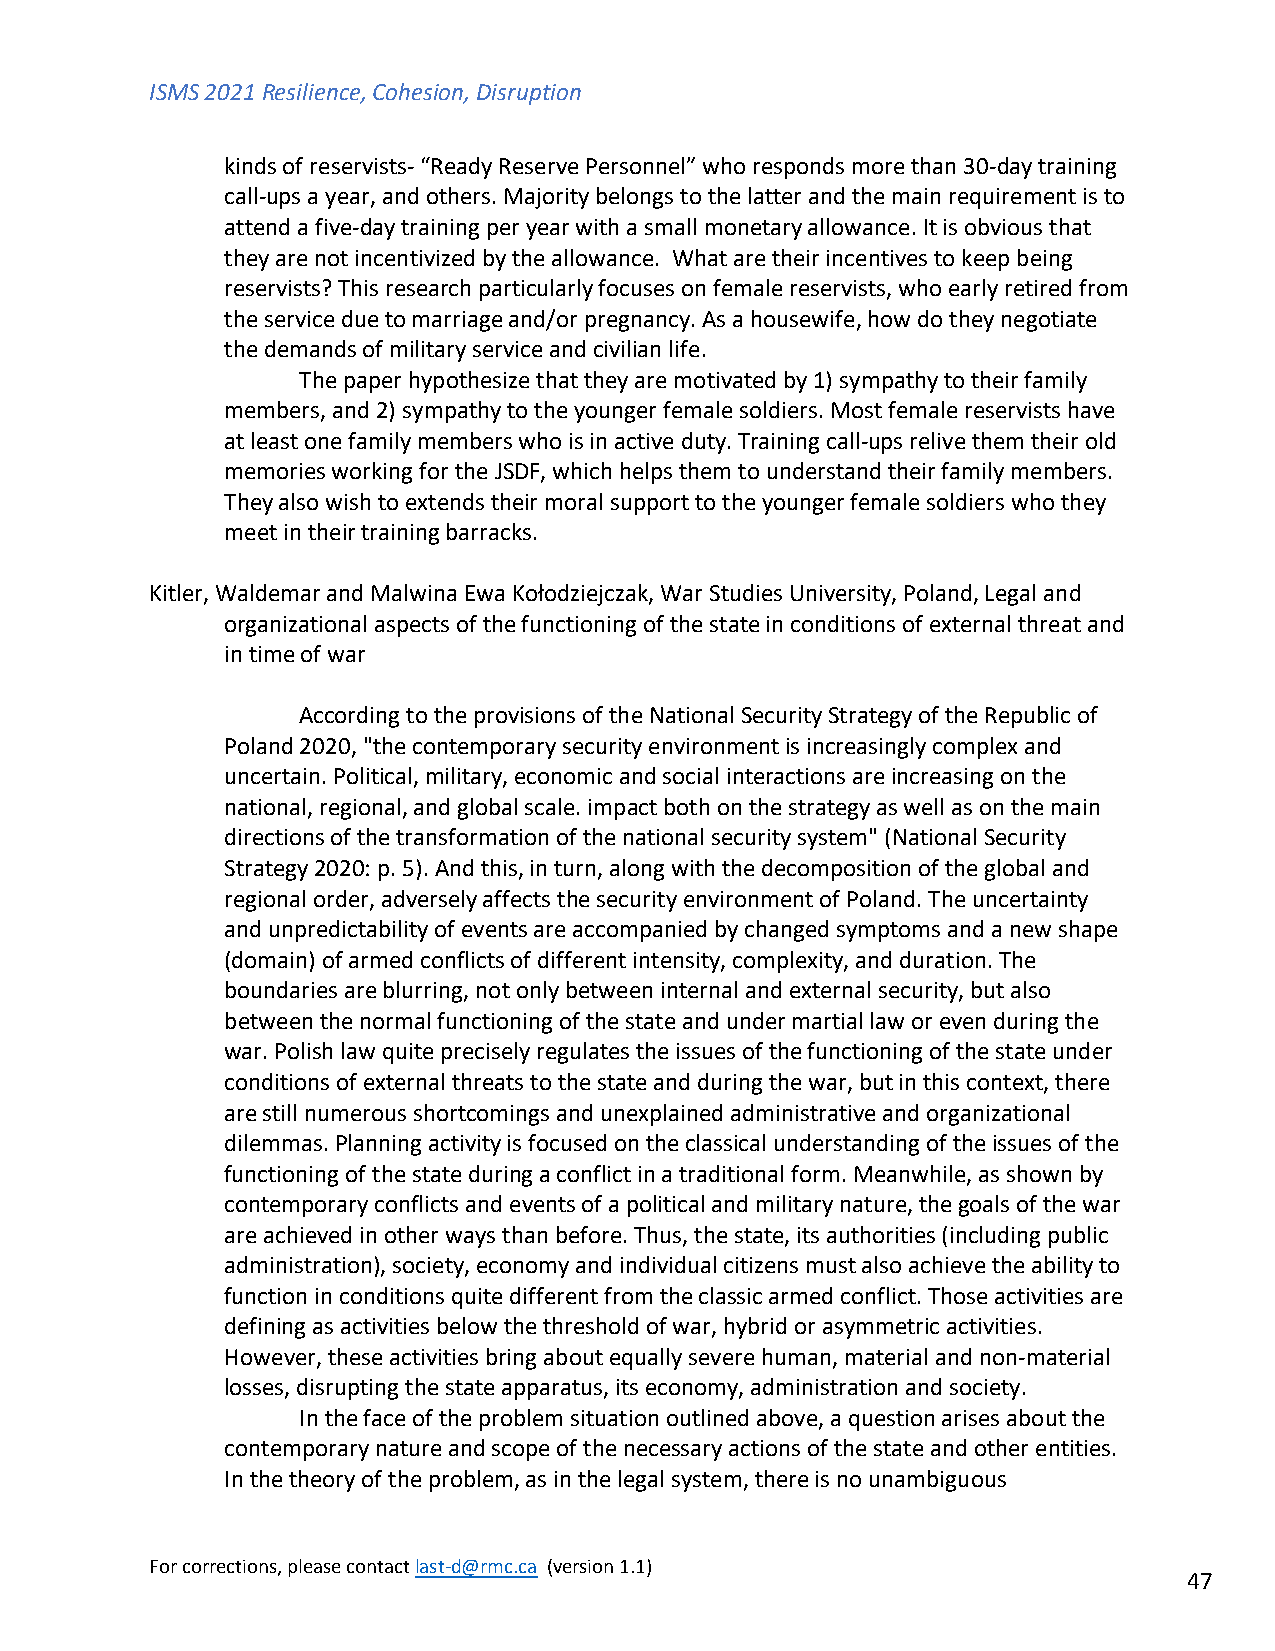
ISMS 2021 Resilience, Cohesion, Disruption
 kinds of reservists- “Ready Reserve Personnel” who responds more than 30-day training
 call-ups a year, and others. Majority belongs to the latter and the main requirement is to
 attend a five-day training per year with a small monetary allowance. It is obvious that
 they are not incentivized by the allowance. What are their incentives to keep being
 reservists? This research particularly focuses on female reservists, who early retired from
 the service due to marriage and/or pregnancy. As a housewife, how do they negotiate
 the demands of military service and civilian life.
 The paper hypothesize that they are motivated by 1) sympathy to their family
 members, and 2) sympathy to the younger female soldiers. Most female reservists have
 at least one family members who is in active duty. Training call-ups relive them their old
 memories working for the JSDF, which helps them to understand their family members.
 They also wish to extends their moral support to the younger female soldiers who they
 meet in their training barracks.
 Kitler, Waldemar and Malwina Ewa Kołodziejczak, War Studies University, Poland, Legal and
 organizational aspects of the functioning of the state in conditions of external threat and
 in time of war
 According to the provisions of the National Security Strategy of the Republic of
 Poland 2020, "the contemporary security environment is increasingly complex and
 uncertain. Political, military, economic and social interactions are increasing on the
 national, regional, and global scale. impact both on the strategy as well as on the main
 directions of the transformation of the national security system" (National Security
 Strategy 2020: p. 5). And this, in turn, along with the decomposition of the global and
 regional order, adversely affects the security environment of Poland. The uncertainty
 and unpredictability of events are accompanied by changed symptoms and a new shape
 (domain) of armed conflicts of different intensity, complexity, and duration. The
 boundaries are blurring, not only between internal and external security, but also
 between the normal functioning of the state and under martial law or even during the
 war. Polish law quite precisely regulates the issues of the functioning of the state under
 conditions of external threats to the state and during the war, but in this context, there
 are still numerous shortcomings and unexplained administrative and organizational
 dilemmas. Planning activity is focused on the classical understanding of the issues of the
 functioning of the state during a conflict in a traditional form. Meanwhile, as shown by
 contemporary conflicts and events of a political and military nature, the goals of the war
 are achieved in other ways than before. Thus, the state, its authorities (including public
 administration), society, economy and individual citizens must also achieve the ability to
 function in conditions quite different from the classic armed conflict. Those activities are
 defining as activities below the threshold of war, hybrid or asymmetric activities.
 However, these activities bring about equally severe human, material and non-material
 losses, disrupting the state apparatus, its economy, administration and society.
 In the face of the problem situation outlined above, a question arises about the
 contemporary nature and scope of the necessary actions of the state and other entities.
 In the theory of the problem, as in the legal system, there is no unambiguous
 For corrections, please contact last-d@rmc.ca (version 1.1)
 47